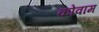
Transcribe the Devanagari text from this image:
कोवाम